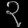
Digit: ၃